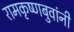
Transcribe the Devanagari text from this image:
रामकृष्णबुवांनी